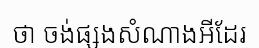
ថា ចង់ផ្សងសំណាងអីដែរ